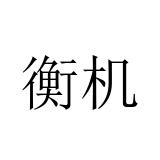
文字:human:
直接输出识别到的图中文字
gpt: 衡机